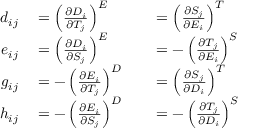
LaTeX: \begin{array} { r l r l } { d _ { i j } } & { { } = \left( { \frac { \partial D _ { i } } { \partial T _ { j } } } \right) ^ { E } } & { } & { { } = \left( { \frac { \partial S _ { j } } { \partial E _ { i } } } \right) ^ { T } } \\ { e _ { i j } } & { { } = \left( { \frac { \partial D _ { i } } { \partial S _ { j } } } \right) ^ { E } } & { } & { { } = - \left( { \frac { \partial T _ { j } } { \partial E _ { i } } } \right) ^ { S } } \\ { g _ { i j } } & { { } = - \left( { \frac { \partial E _ { i } } { \partial T _ { j } } } \right) ^ { D } } & { } & { { } = \left( { \frac { \partial S _ { j } } { \partial D _ { i } } } \right) ^ { T } } \\ { h _ { i j } } & { { } = - \left( { \frac { \partial E _ { i } } { \partial S _ { j } } } \right) ^ { D } } & { } & { { } = - \left( { \frac { \partial T _ { j } } { \partial D _ { i } } } \right) ^ { S } } \end{array}